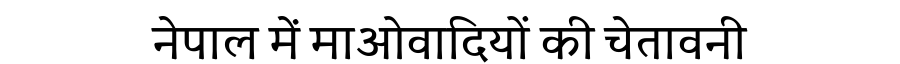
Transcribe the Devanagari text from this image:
नेपाल में माओवादियों की चेतावनी